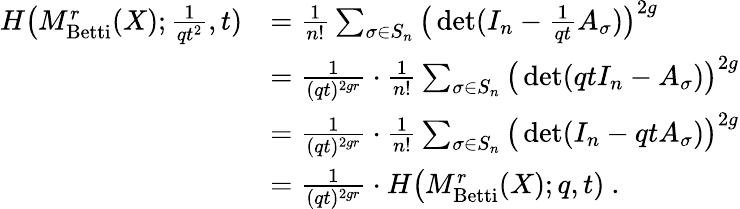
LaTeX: \begin{array}{rl}{H\big(M_{\textrm{Betti}}^{r}(X);\frac{1}{qt^{2}},t)}&{=\frac{1}{n!}\sum_{\sigma\in S_{n}}\big(\operatorname*{det}(I_{n}-\frac{1}{qt}A_{\sigma})\big)^{2g}}\\ &{=\frac{1}{(qt)^{2gr}}\cdot\frac{1}{n!}\sum_{\sigma\in S_{n}}\big(\operatorname*{det}(qtI_{n}-A_{\sigma})\big)^{2g}}\\ &{=\frac{1}{(qt)^{2gr}}\cdot\frac{1}{n!}\sum_{\sigma\in S_{n}}\big(\operatorname*{det}(I_{n}-qtA_{\sigma})\big)^{2g}}\\ &{=\frac{1}{(qt)^{2gr}}\cdot H\big(M_{\textrm{Betti}}^{r}(X);q,t)\ .}\end{array}